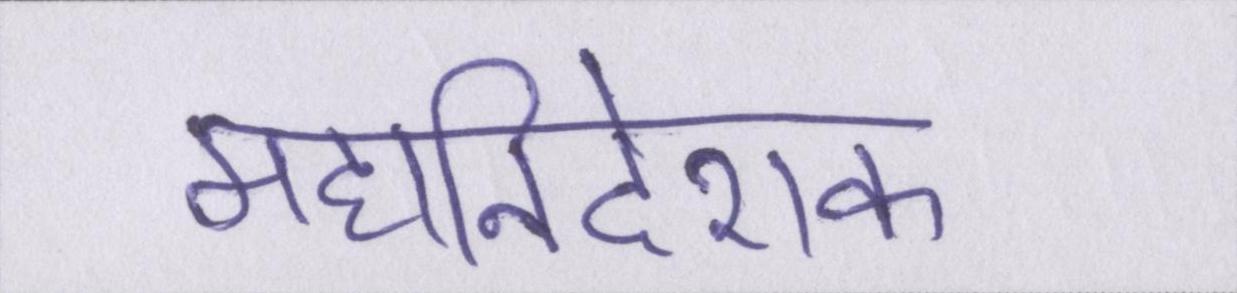
महानिदेशक